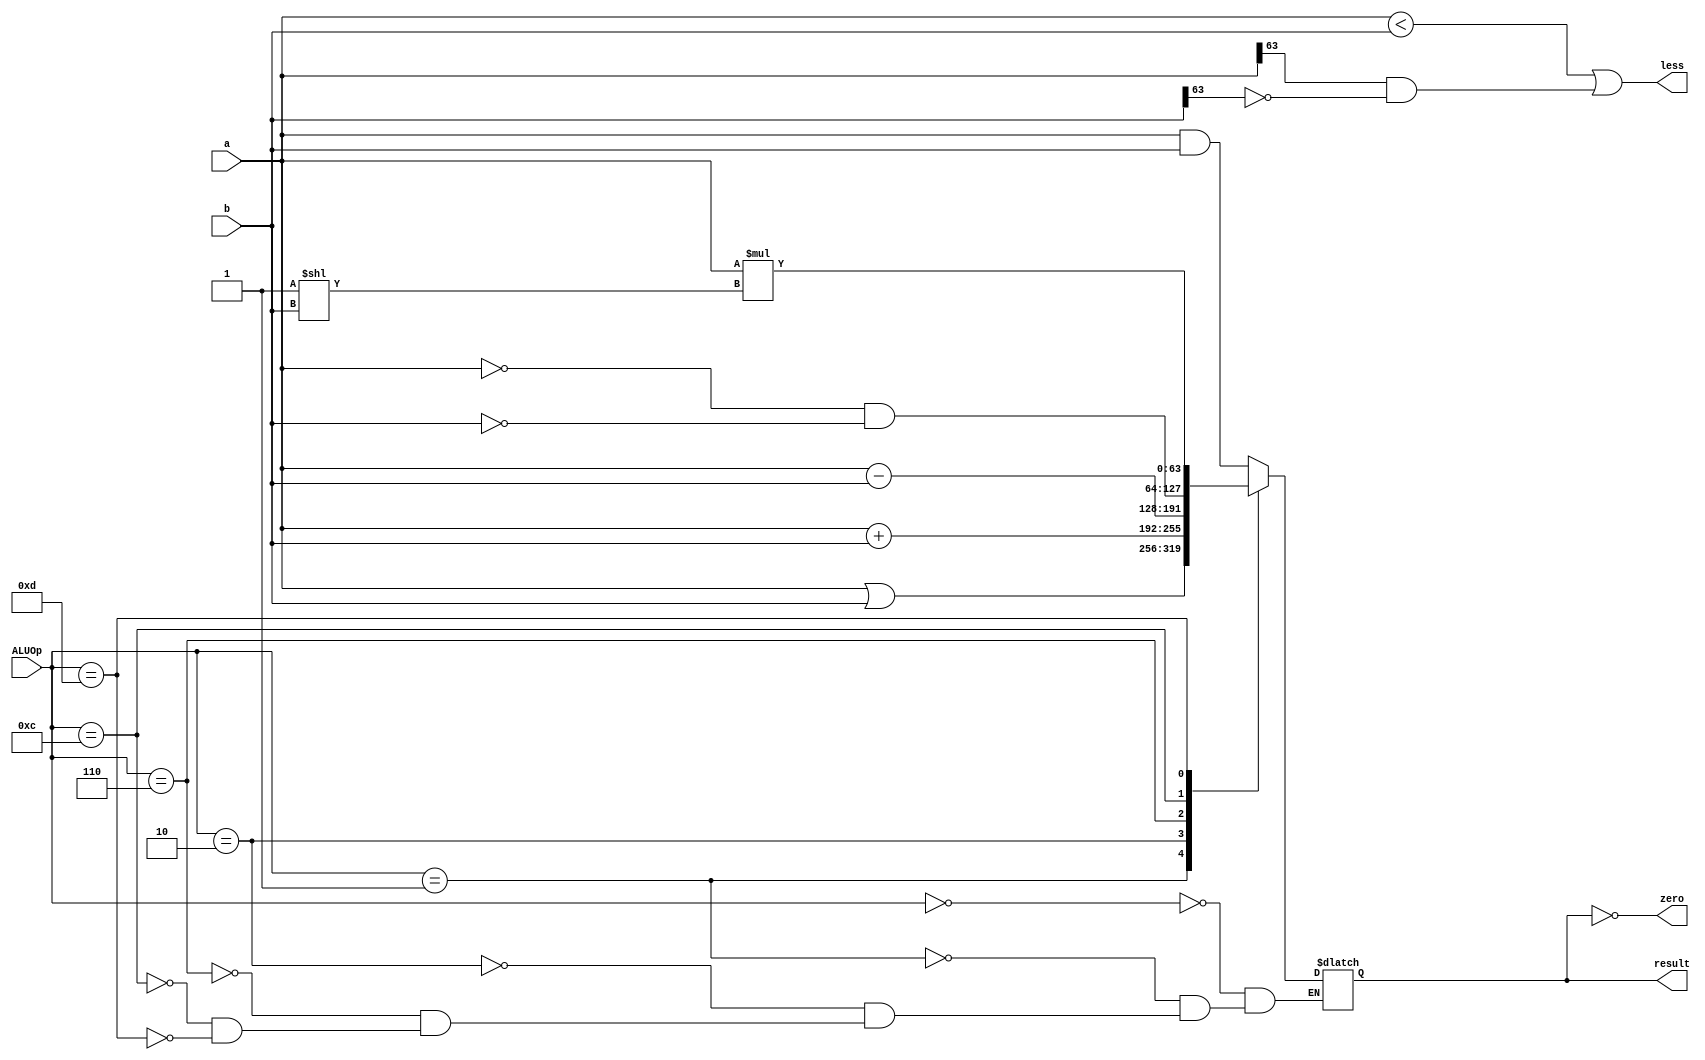
`timescale 1ns / 1ps

module ALU_64_bit (
input [63:0] a, input [63:0] b,
input [3:0] ALUOp, 
output wire zero,
output wire less,
output reg [63:0] result);

assign zero = (result == 0);
assign less = (a < b) || (a[63] == 1 & b[63] == 0);

always @(*)
begin
    case (ALUOp[3:0])
        4'b0000: result <= a & b; // AND
        4'b0001: result <= a | b; // OR
        4'b0010: result <= a + b; // ADD
        4'b0110: result <= a - b; // Subtract
        4'b1100: result <= ~a & ~b; // NOR
        4'b1101: result <= a * (2**b);
    endcase
end

endmodule